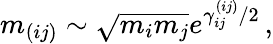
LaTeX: m_{(ij)}\sim\sqrt{m_{i}m_{j}}e^{\gamma_{ij}^{(ij)}/2}\, ,